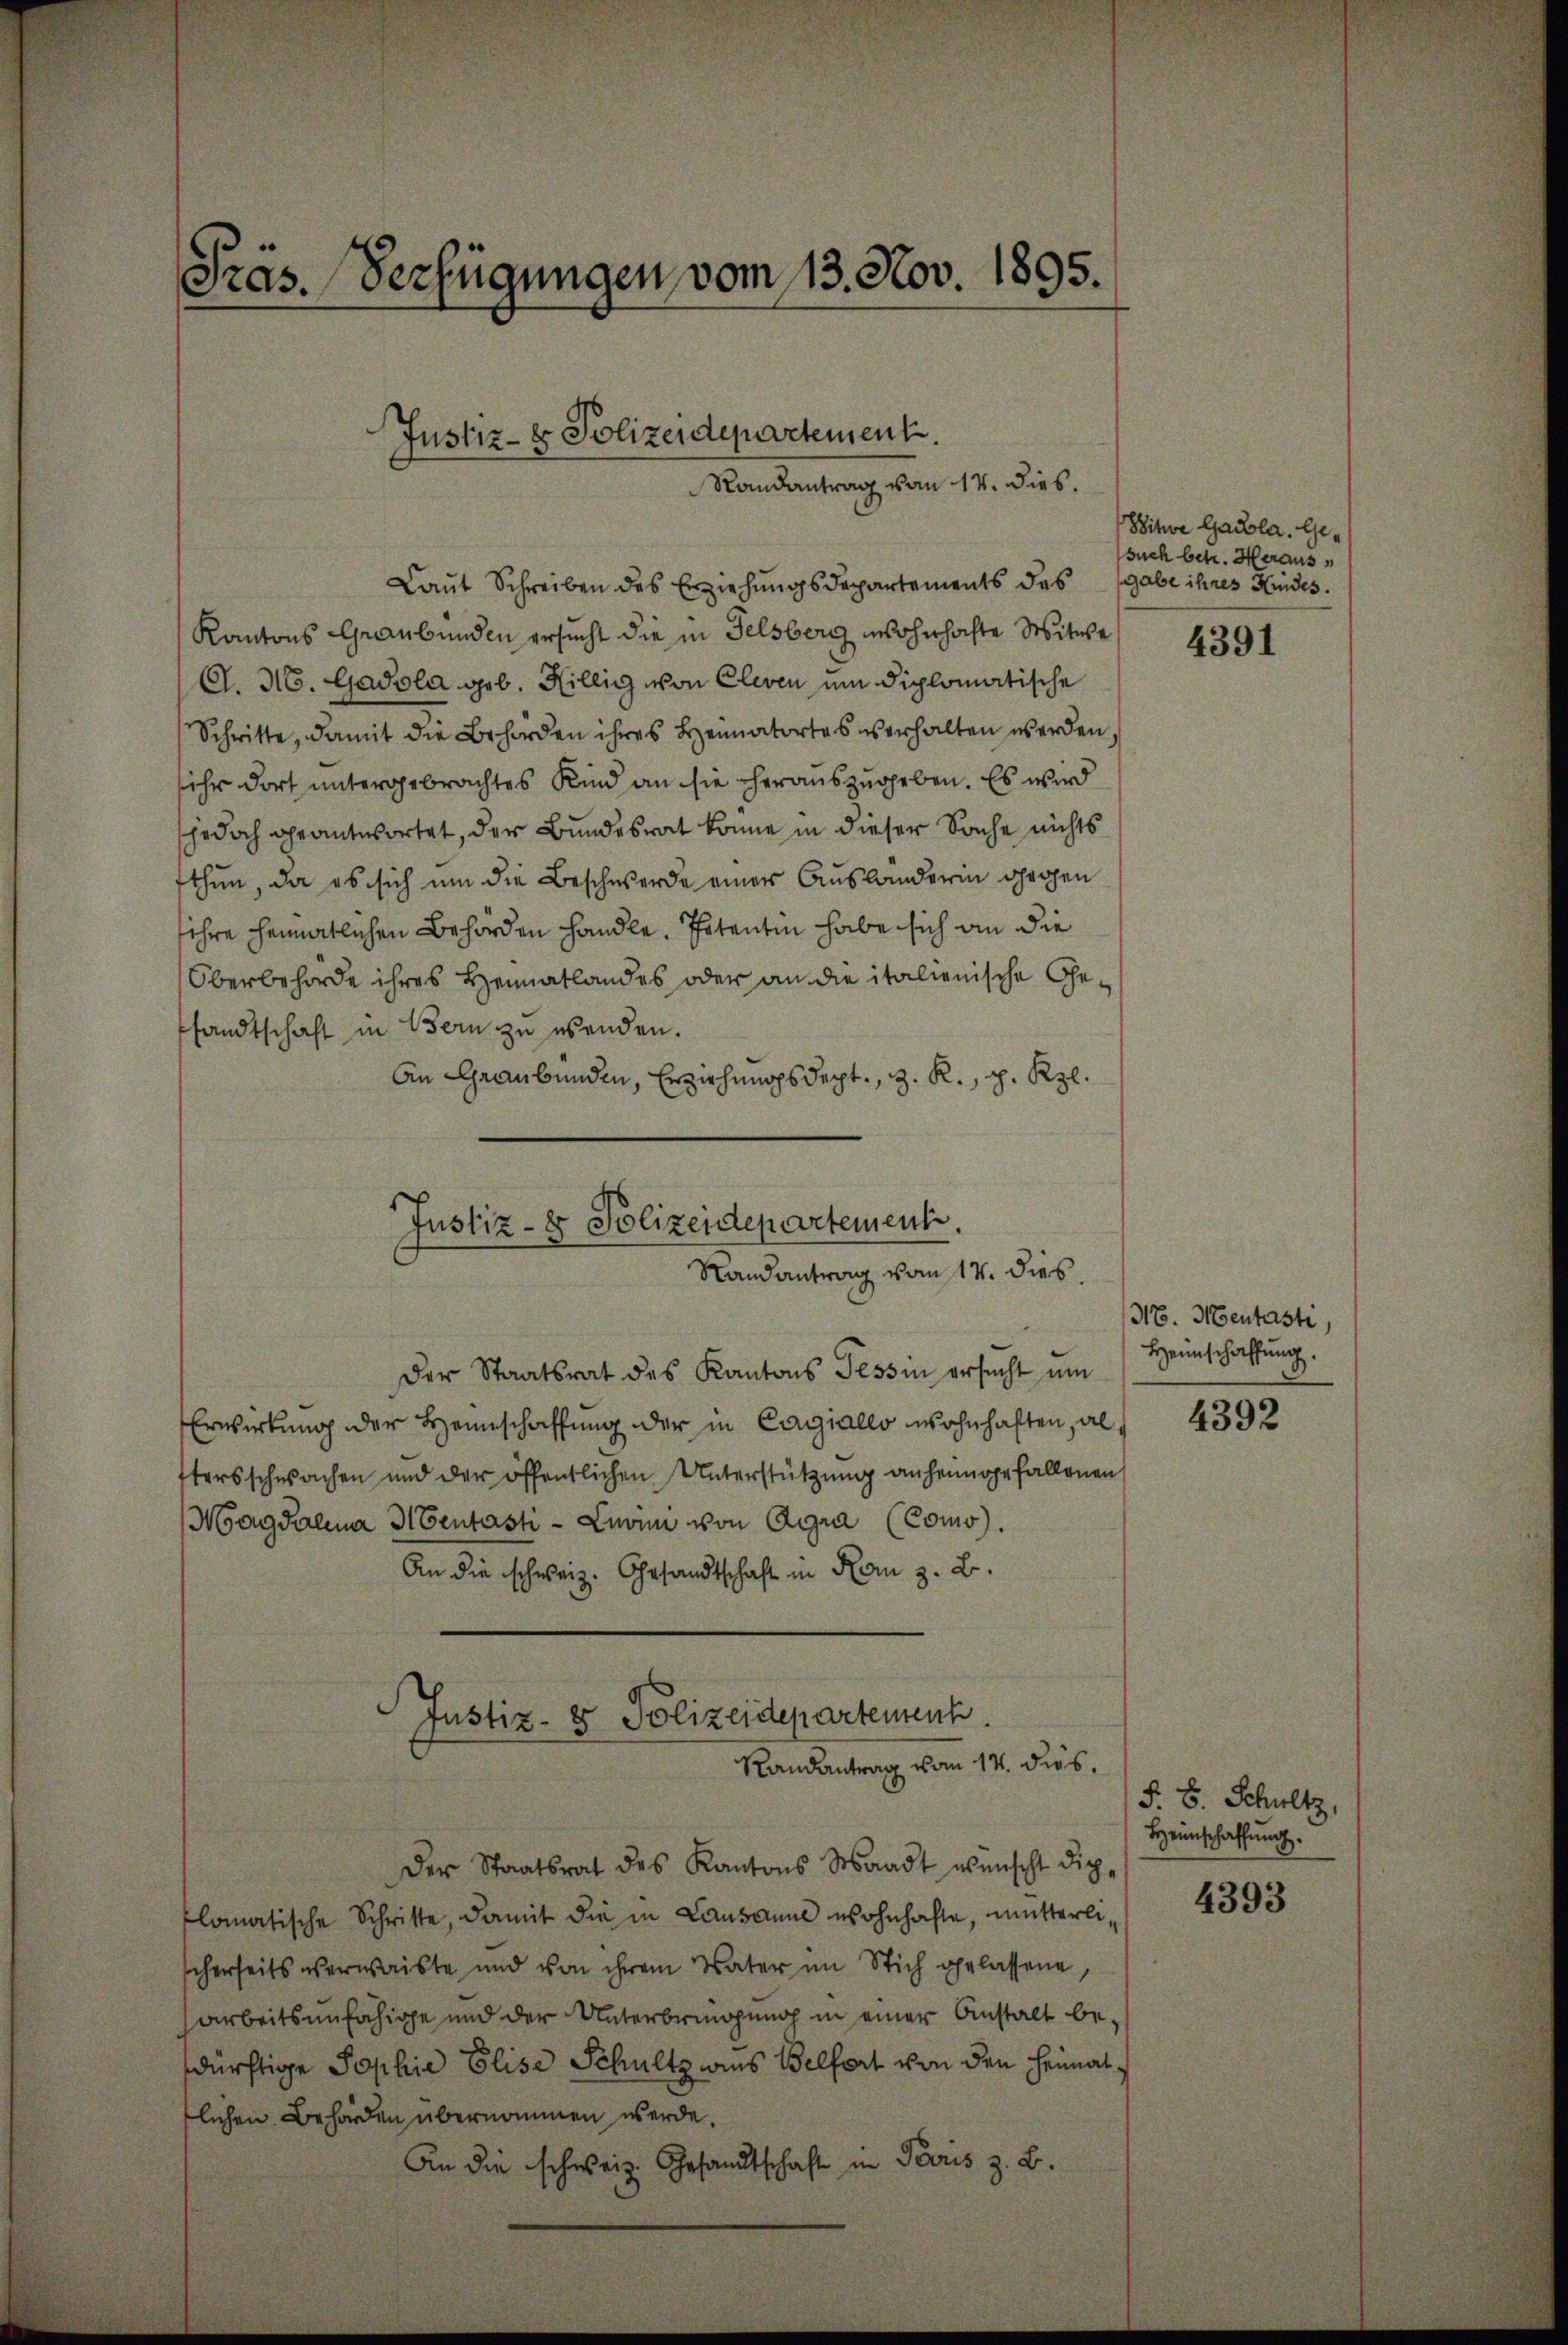
Präs. Verfügungen vom 13. Nov. 1895.
Justiz- & Polizeidepartement.
Randantrag vom 14. dies.

Laut Schreiben des Erziehungsdepartements des
Kantons Graubünden ersucht die in Felsberg insohn hochte Witwe
G. H. Gadola geb. Hillig von Cleven ein diplomatische
Schritte, damit die Behörden ihres Heimatortes verhalten werden,
ihr dort untergebrachtes Kind an sie herauszugeben. Es wird
shedoch geantwortet, der Bundesrat könne in dieser Sache nichts
fthun, da es sich um die Beschwerde einer Auslanderin gegen
ihre heimatlichen Behörden handle. Potentin habe sich an die
Oberbehörde ihres Heimatlandes oder an die italienische Gesandtschaft in Bern zu wenden.
An Graubünden, Erziehungsdept., z. R., p. Kzl.

Justiz- & Polizeidepartement.
Randantrag vom 17. dies

Der Staatsrat des Kantons Tessin ersucht um
Erwirkung der Heimschaffung der in Carziales wohnhaften, al
ttersschwachen und der öffentlichen Unterstützung anheimgefallenen
Magdalena Mentasti - Znaim von Agra (Como
An die schweiz. Gesandtschaft in Rom z. B.
Der Staatsrat des Kantons Waadt wünscht die-
lomatische Schritte, damit die in Lausanne wohnhafte, mitterlischerseits verwaiste und von ihrem Vater im Stich gelassene
arbeitsunfähige und der Unterbringung in einer Anstalt be-
dürftige Sophie Elise Schultz wies Belfort von den Heimat s
lichen Behörden übernommen werde.
An die schweiz. Gesandtschaft in Paris z. B.

Justiz- & Polizeidepartentenh
Randantrag vom 14. dies.

Witwe Gabla. Gesuch betr. Heraus,
gabe ihres Kindes.

4391

NE. Mentasti,
Heimschaffung.

4392

F. B. Schultz,
Heimschaffŭng.

4393